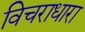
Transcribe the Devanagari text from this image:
विचराधारा